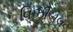
વિઝીબલ